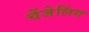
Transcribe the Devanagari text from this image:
चेंजेलिंग